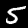
Digit: 5